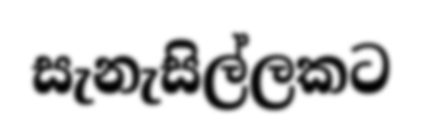
සැනැසිල්ලකට